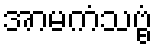
အာမကံသဗ္ဗံ